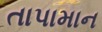
તાપામાન